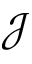
\mathcal { J }